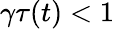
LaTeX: \gamma\tau(t)<1